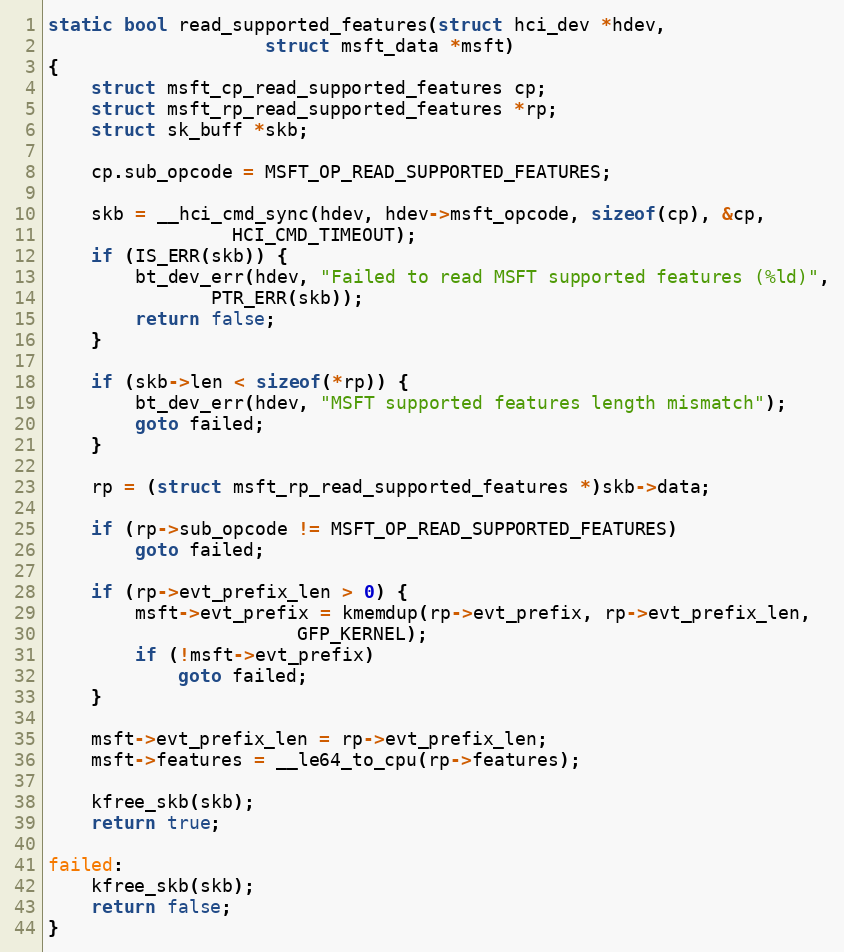
Language: C
static bool read_supported_features(struct hci_dev *hdev,
				    struct msft_data *msft)
{
	struct msft_cp_read_supported_features cp;
	struct msft_rp_read_supported_features *rp;
	struct sk_buff *skb;

	cp.sub_opcode = MSFT_OP_READ_SUPPORTED_FEATURES;

	skb = __hci_cmd_sync(hdev, hdev->msft_opcode, sizeof(cp), &cp,
			     HCI_CMD_TIMEOUT);
	if (IS_ERR(skb)) {
		bt_dev_err(hdev, "Failed to read MSFT supported features (%ld)",
			   PTR_ERR(skb));
		return false;
	}

	if (skb->len < sizeof(*rp)) {
		bt_dev_err(hdev, "MSFT supported features length mismatch");
		goto failed;
	}

	rp = (struct msft_rp_read_supported_features *)skb->data;

	if (rp->sub_opcode != MSFT_OP_READ_SUPPORTED_FEATURES)
		goto failed;

	if (rp->evt_prefix_len > 0) {
		msft->evt_prefix = kmemdup(rp->evt_prefix, rp->evt_prefix_len,
					   GFP_KERNEL);
		if (!msft->evt_prefix)
			goto failed;
	}

	msft->evt_prefix_len = rp->evt_prefix_len;
	msft->features = __le64_to_cpu(rp->features);

	kfree_skb(skb);
	return true;

failed:
	kfree_skb(skb);
	return false;
}